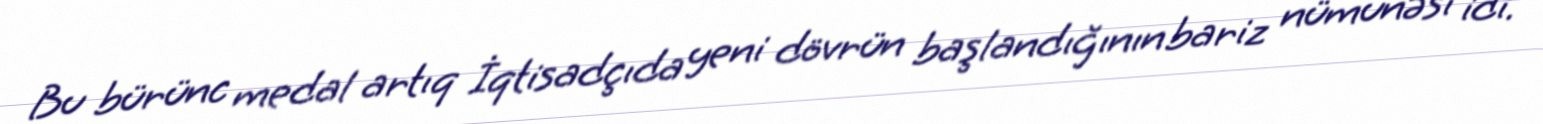
Bu bürünc medal artıq İqtisadçıda yeni dövrün başlandığının bariz nümunəsi idi.